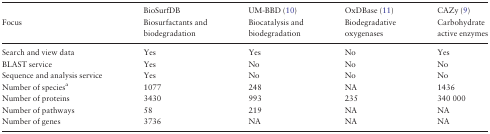
<table><thead><tr><td></td><td><b>BioSurfDB</b></td><td><b>UM-BBD (10)</b></td><td><b>OxDBase (11)</b></td><td><b>CAZy (9)</b></td></tr><tr><td><b>Focus</b></td><td><b>Biosurfactants and biodegradation</b></td><td><b>Biocatalysis and biodegradation</b></td><td><b>Biodegradative oxygenases</b></td><td><b>Carbohydrate active enzymes</b></td></tr></thead><tbody><tr><td>Search and view data</td><td>Yes</td><td>Yes</td><td>No</td><td>Yes</td></tr><tr><td>BLAST service</td><td>Yes</td><td>No</td><td>No</td><td>No</td></tr><tr><td>Sequence and analysis service</td><td>Yes</td><td>No</td><td>No</td><td>No</td></tr><tr><td>Number of species<sup>a</sup></td><td>1077</td><td>248</td><td>NA</td><td>1436</td></tr><tr><td>Number of proteins</td><td>3430</td><td>993</td><td>235</td><td>340 000</td></tr><tr><td>Number of pathways</td><td>58</td><td>219</td><td>NA</td><td>NA</td></tr><tr><td>Number of genes</td><td>3736</td><td>NA</td><td>NA</td><td>NA</td></tr></tbody></table>